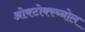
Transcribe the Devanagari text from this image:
ओक्टोक्स्य्नोल